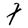
Character: F